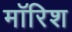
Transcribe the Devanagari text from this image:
मॉरिश